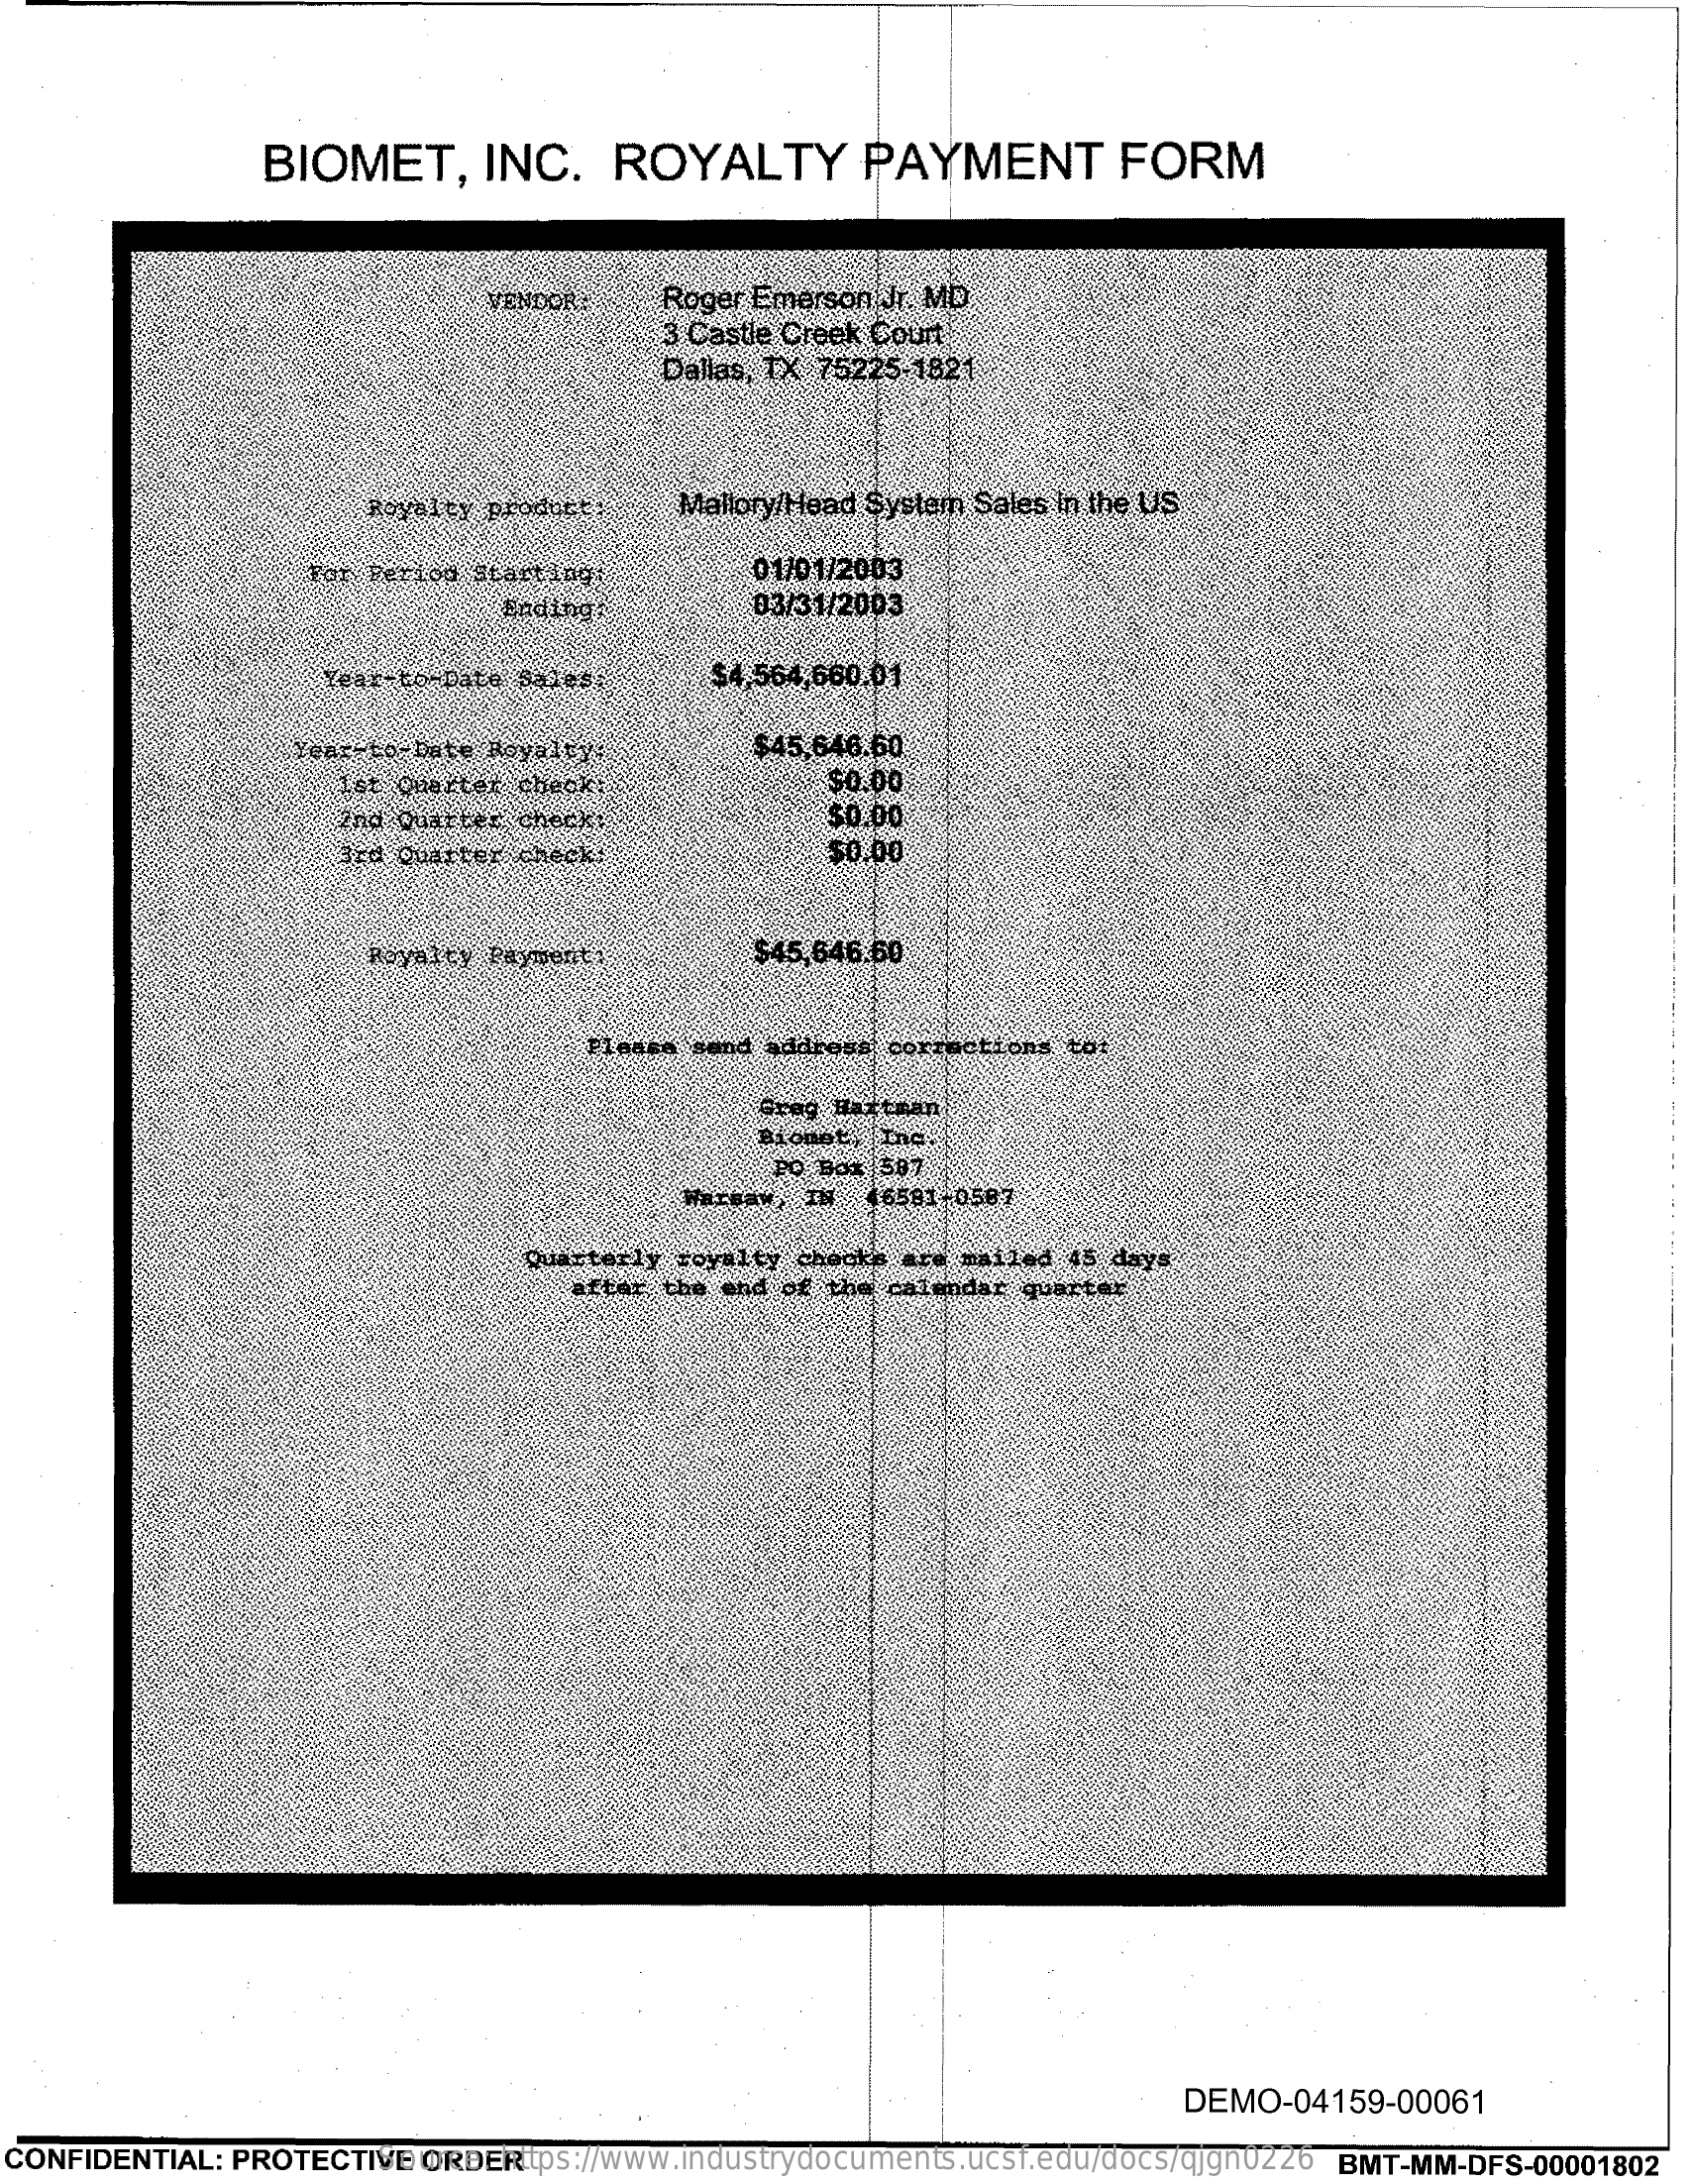
BIOMET,    INC.    ROYALTY    PAYMENT    FORM
     VENDOR    Roger Emerson Jr. MD
     3 Castle Creek Court
     Dallas, TX 75225-1821
     Royaley produce;   Mallory/Head System Sales in the US
     For Perion Start Ingt    01/01/2003
     Ending.    03/31/2003
     Year-to- Bato sales    $4,564,660.01
     Year-to- Date Royalty:    $45,646.60
     ist Quarter cheok    $0.00
     ind Duather check:    $0.00
     3rd Quarter checks    $0.00
     Royalty Payment;    $45,546.60
     addroan corrections cot
     WETERY  IN  16581 0587
     Quarterly royalty checks are mailed 45 days
     after the end of the calendar quarter
     DEMO-04159-00061
  CONFIDENTIAL: PROTECTIVE ORDER Source: https://www.industrydocuments.ucsf.edu/docs/qjgn0226 BMT-MM-DFS-00001802